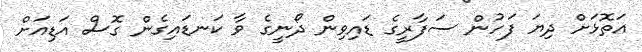
އަތޮޅަށް ދިޔަ ފަހުން ސަފާރީގެ ޑައިވިން ދޯނީގެ ވާ ކަނޑައިގެން ގޮސް އަޑިއަށް